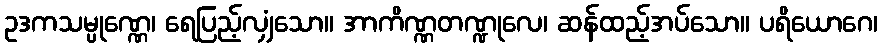
ဥဒကသမ္ပုဏ္ဏေ၊ ရေပြည့်လျှံသော။ အာကိဏ္ဏတဏ္ဍုလေ၊ ဆန်ထည့်အပ်သော။ ပရိယောဂေ၊